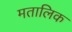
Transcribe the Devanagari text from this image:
मतालिक